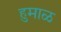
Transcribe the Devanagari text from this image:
हुमाळ